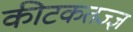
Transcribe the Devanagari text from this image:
कीटकतज्ज्ञ